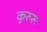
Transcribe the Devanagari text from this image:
कुरुरुः